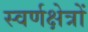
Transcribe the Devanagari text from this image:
स्वर्णक्षेत्रों